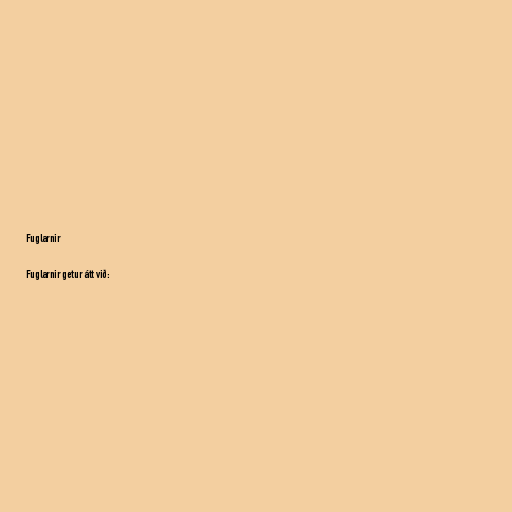
Fuglarnir

Fuglarnir getur átt við: